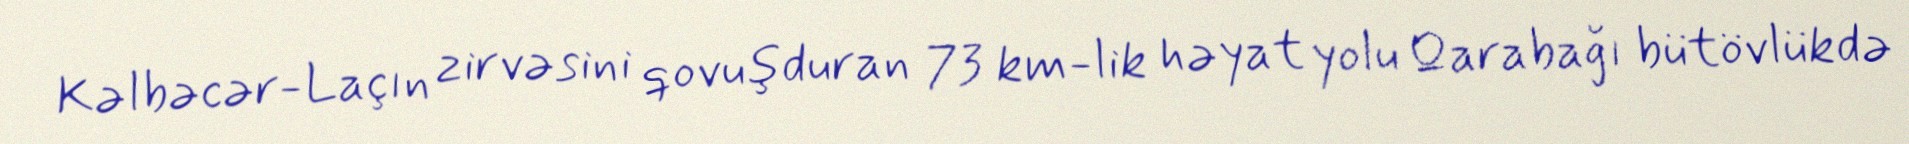
Kəlbəcər-Laçın zirvəsini qovuşduran 73 km-lik həyat yolu Qarabağı bütövlükdə